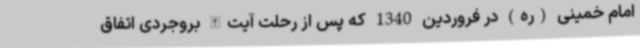
امام خمینی (ره) در فروردین 1340 که پس از رحلت آیت‌الله بروجردی اتفاق